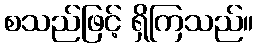
စသည်ဖြင့် ရှိကြသည်။